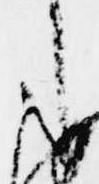
た